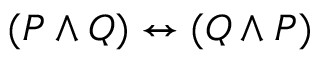
( P \land Q ) \leftrightarrow ( Q \land P )